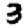
Digit: 3